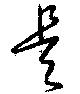
是